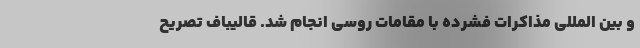
و بین المللی مذاکرات فشرده با مقامات روسی انجام شد. قالیباف تصریح